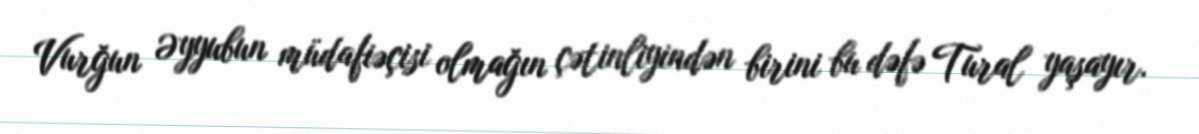
Vurğun Əyyubun müdafiəçisi olmağın çətinliyindən birini bu dəfə Tural yaşayır.